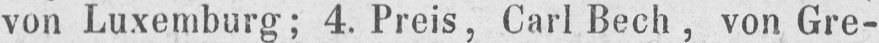
von Luxemburg; 4. Preis, Carl Bech, von Gre-